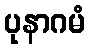
ပုနာဂမံ